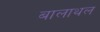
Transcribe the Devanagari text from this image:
बालाथल